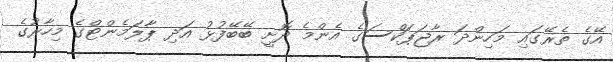
އޭގެ ތެރޭގައި މަހިންދަ ރާޖަޕަކްސަގެ އެންމެ ދޮށީ ބޭބޭފުޅު އަދި ޕާލަމެންޓްގެ މިހާރުގެ